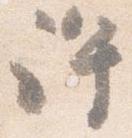
許